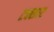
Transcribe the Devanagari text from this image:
टक्सार